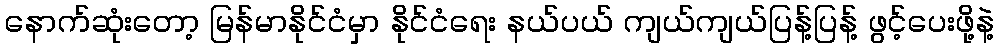
နောက်ဆုံးတော့ မြန်မာနိုင်ငံမှာ နိုင်ငံရေး နယ်ပယ် ကျယ်ကျယ်ပြန့်ပြန့် ဖွင့်ပေးဖို့နဲ့